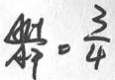
\frac { A H } { A F } = \frac { 3 } { 4 }